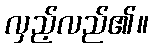
လှည့်လည်၏။